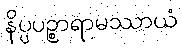
နိပ္ပပဉ္စာရာမဿာယံ